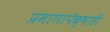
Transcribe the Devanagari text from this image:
प्रमाणापेक्षाही